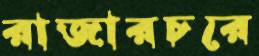
রাজারচরে